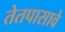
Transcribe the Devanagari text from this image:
तेतपासावे